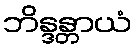
ဘိန္ဒန္တာယံ